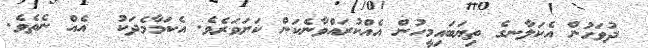
ދުވަހުން އެކަލާނގެ ތިޔަބައިމީހުން އެއްކުރައްވާނެކަން ކަށަވަރެވެ. އެކަމާމެދަކު  އެއް ނެތެވެ.